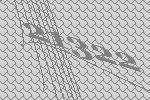
21322